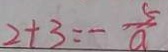
2 + 3 = - \frac { 5 } { a }